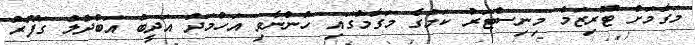
މަގާމަށް ޓޫރިޒަމް މިނިސްޓަރު ކަމުގެ މަގާމުގައި ހުންނެވި އަހުމަދު އަދީބު އަބްދުލް ގަފޫރު